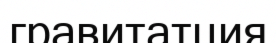
гравитатция